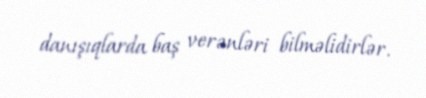
danışıqlarda baş verənləri bilməlidirlər.